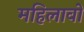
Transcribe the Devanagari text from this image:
महिलावों